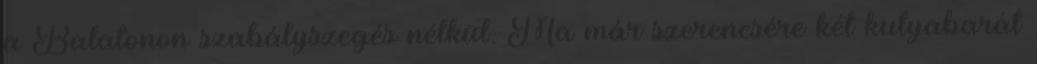
a Balatonon szabályszegés nélkül. Ma már szerencsére két kutyabarát